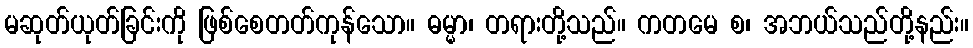
မဆုတ်ယုတ်ခြင်းကို ဖြစ်စေတတ်ကုန်သော။ ဓမ္မာ၊ တရားတို့သည်။ ကတမေ စ၊ အဘယ်သည်တို့နည်း။